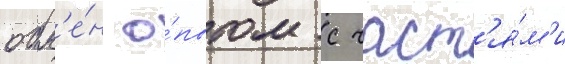
обм'е́н о́пытом с част'я́м'и